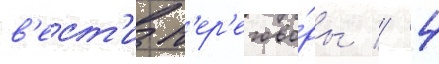
в'ест'и п'ер'егово́ры // 4